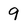
Character: 9